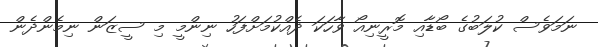
ނަމަވެސް ކުލަބުގެ ބޯޑާއި މޮރީނިއޯ ވާހަކަ ދެއްކުމަށްފަހު ނިންމީ މި ސީޒަން ނިމެންދެން